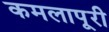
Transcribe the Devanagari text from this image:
कमलापूरी